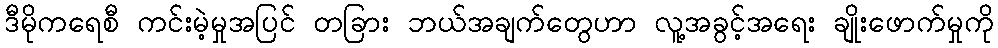
ဒီမိုကရေစီ ကင်းမဲ့မှုအပြင် တခြား ဘယ်အချက်တွေဟာ လူ့အခွင့်အရေး ချိုးဖောက်မှုကို